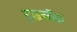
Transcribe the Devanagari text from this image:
ट्राइकॉस